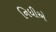
નિધીએ